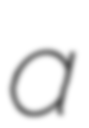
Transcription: a